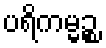
ပရိကမ္မဉ္စ